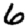
Digit: 6